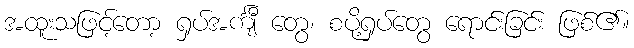
အထူးသဖြင့်တော့ ရှပ်အင်္ကျီ တွေ၊ စပို့ရှပ်တွေ ရောင်းခြင်း ဖြစ်၏။